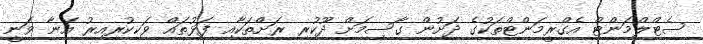
ސެޓްލްމަންޓް އެގްރީމަންޓްތަކުގެ ދަށުން ގާސިމަށް ދޫކުރި ރަށްތަކާއި ފަޅުތައް ވަކިކުރިއިރު އޭނާ ވަނީ